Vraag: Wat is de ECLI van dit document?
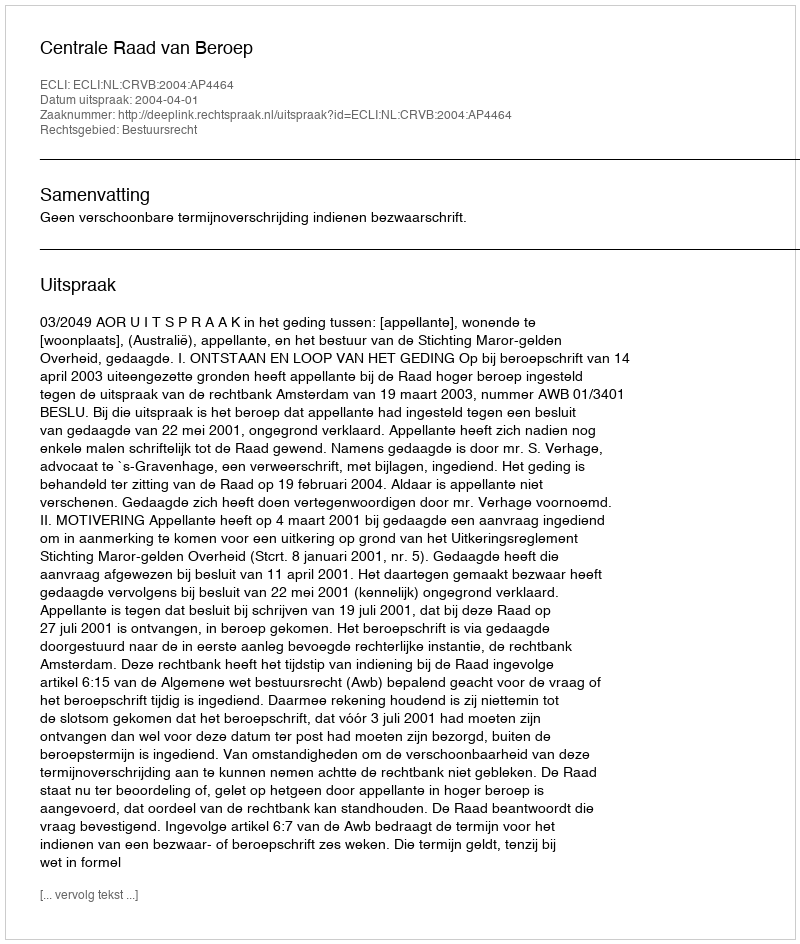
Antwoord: ECLI:NL:CRVB:2004:AP4464